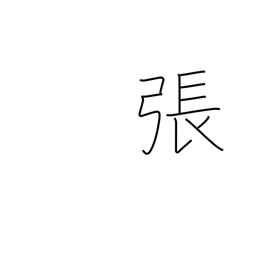
Meaning: counter for bows & stringed instruments